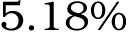
5 . 1 8 \%